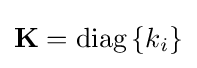
{\bf {K}}={\rm {diag}}\,\{k_{i}\}